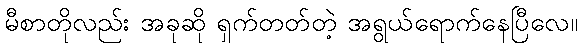
မီစာတိုလည်း အခုဆို ရှက်တတ်တဲ့ အရွယ်ရောက်နေပြီလေ။